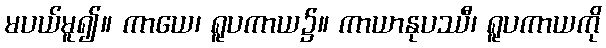
မပယ်မူ၍။ ကာယေ၊ ရူပကာယ၌။ ကာယာနုပဿီ၊ ရူပကာယကို